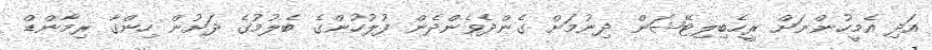
އަދި އެމީހުންނަށް ރީހެބިލިޓޭޝަން ދިނުމަށް ގެންދެވެންދެން ފުލުހުންގެ ބެލުމުގެ ދަށުން ހިންގާ ރިމާންޑް